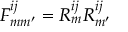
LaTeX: F _ { m m ^ { \prime } } ^ { i j } = R _ { m } ^ { i j } R _ { m ^ { \prime } } ^ { i j }